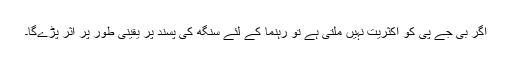
اگر بی جے پی کو اکثریت نہیں ملتی ہے تو رہنما کے لئے سنگھ کی پسند پر یقینی طور پر اثر پڑے‌گا۔